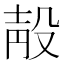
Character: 𣪗